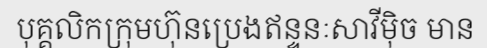
បុគ្គលិកក្រុមហ៊ុនប្រេងឥន្ទនៈសាវីម៉ិច មាន